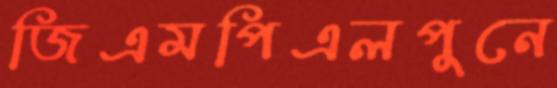
জিএমপিএলপুনে